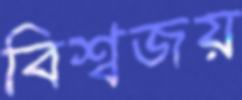
বিশ্বজয়